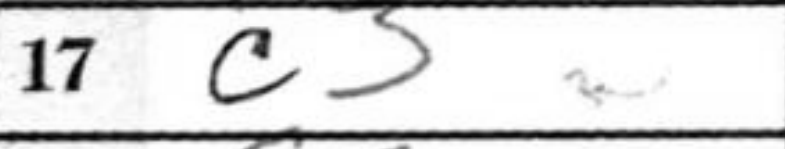
Transcription: c3